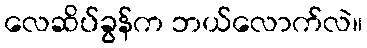
လေဆိပ်ခွန်က ဘယ်လောက်လဲ။